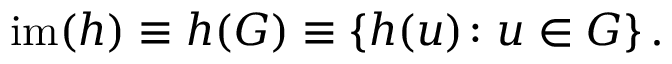
\operatorname { i m } ( h ) \equiv h ( G ) \equiv \left\{ h ( u ) \colon u \in G \right\} .